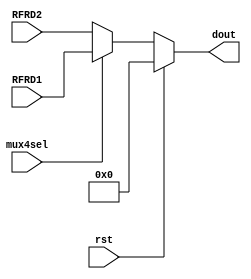
`timescale 1ns / 1ps
//////////////////////////////////////////////////////////////////////////////////
// Company: 
// Engineer: 
// 
// Design Name: 
// Module Name: mux4
// Project Name: 
// Target Devices: 
// Tool Versions: 
// Description: 
// 
// Dependencies: 
// 
// Revision:
// Revision 0.01 - File Created
// Additional Comments:
// 
//////////////////////////////////////////////////////////////////////////////////


module mux4

/*** PARAMETERS ***/
#(parameter
	INST_WL = 5,
	DATA_WL = 32,
	ADDR_WL = 5
)

/*** IN/OUT ***/
(
	// IN 
	input 			        mux4sel,
	                        rst,
	input [DATA_WL - 1 : 0]	RFRD1, /* TODO check wires */
							RFRD2,
	// OUT
	output reg [DATA_WL - 1 : 0] dout
);

	always @(*) 
	begin
	    if(rst) dout        = 0;
	    else
	    begin
            if(mux4sel) dout	= RFRD1; //regular
            else dout			= RFRD2; // shift function
        end
	end 
endmodule